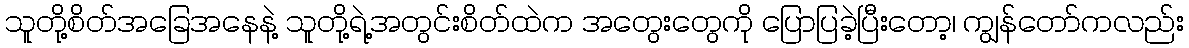
သူတို့စိတ်အခြေအနေနဲ့ သူတို့ရဲ့အတွင်းစိတ်ထဲက အတွေးတွေကို ပြောပြခဲ့ပြီးတော့၊ ကျွန်တော်ကလည်း